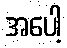
အပေါ့